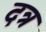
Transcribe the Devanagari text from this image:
दत्र